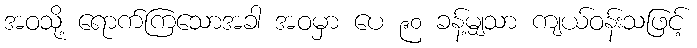
အဝသို့ ရောက်ကြသောအခါ အဝမှာ ပေ ၉၀ ခန့်မျှသာ ကျယ်ဝန်းသဖြင့်